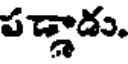
పడ్డాడు.